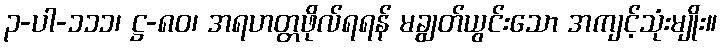
၃-ပါ-၁၁၁၊ ဋ္ဌ-၈၀၊ အရဟတ္တဖိုလ်ရရန် မချွတ်ယွင်းသော အကျင့်သုံးမျိုး။